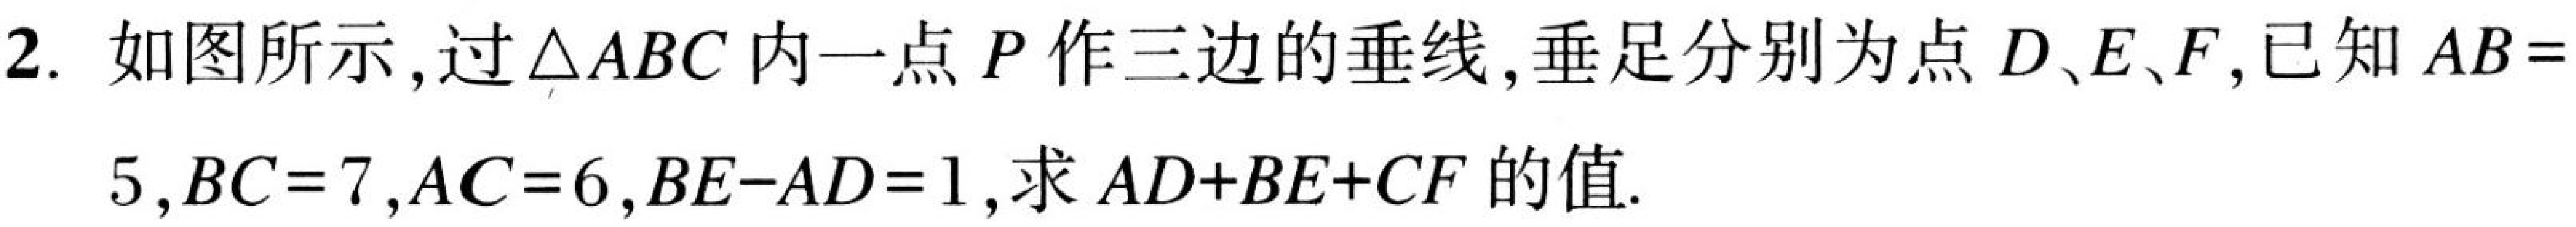
2. 如图所示，过\(\triangle ABC\)内一点\(P\)作三边的垂线，垂足分别为点\(D、E、F\)，已知\(AB = 5\)，\(BC = 7\)，\(AC = 6\)，\(BE - AD = 1\)，求\(AD + BE+CF\)的值.